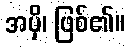
အမှိ၊ ဖြစ်၏။